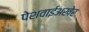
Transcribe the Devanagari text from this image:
पेशवाईअखेर